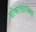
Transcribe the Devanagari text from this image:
तोकासारख्या